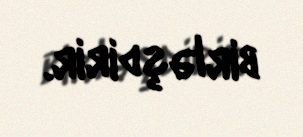
birləşdirir.